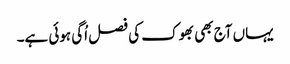
یہاں آج بھی بھوک کی فصل اُگی ہوئی ہے۔